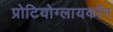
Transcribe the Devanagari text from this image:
प्रोटियोग्लायकॉन